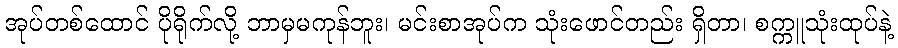
အုပ်တစ်ထောင် ပိုရိုက်လို့ ဘာမှမကုန်ဘူး၊ မင်းစာအုပ်က သုံးဖောင်တည်း ရှိတာ၊ စက္ကူသုံးထုပ်နဲ့